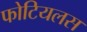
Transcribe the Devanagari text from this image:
फोटियलस